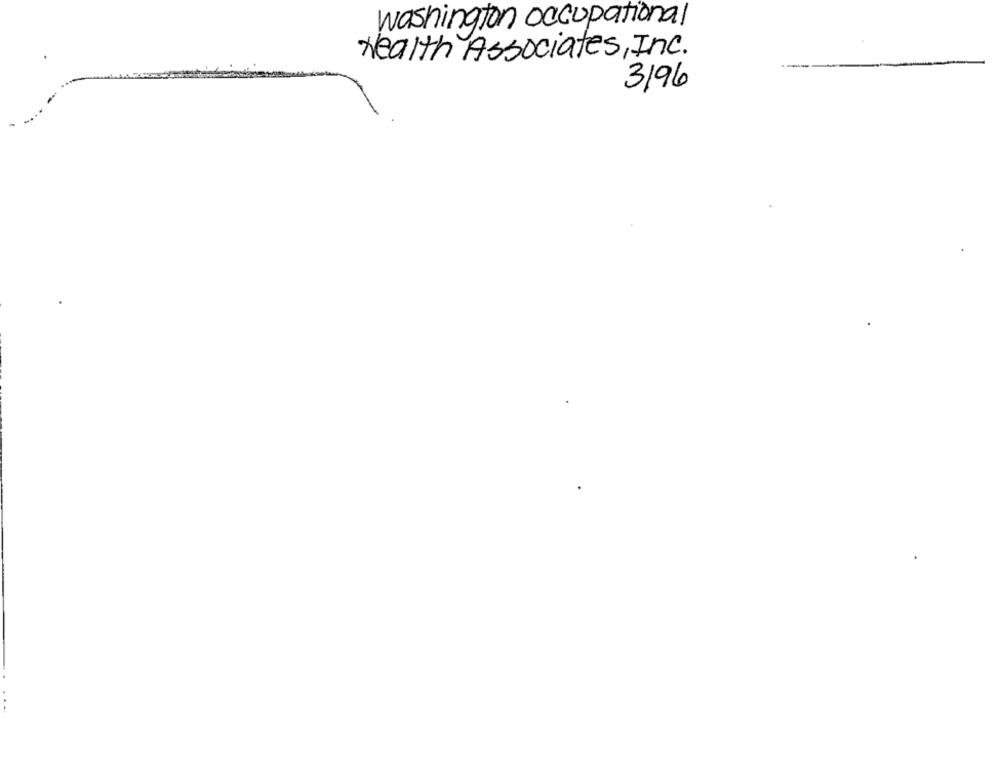
washington occupational
Health Associates, Inc.
3196